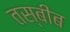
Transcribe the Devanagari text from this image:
तस्बीब